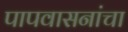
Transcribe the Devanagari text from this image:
पापवासनांचा